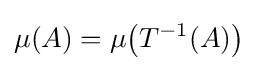
\mu (A)=\mu {\mathord {\left(T^{-1}(A)\right)}}